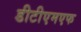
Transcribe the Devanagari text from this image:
डीटीएमएफ